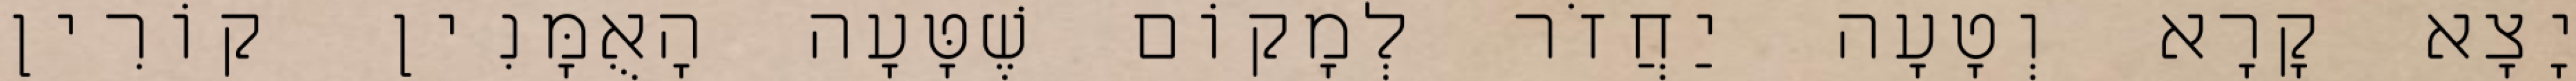
יָצָא קָרָא וְטָעָה יַחֲזֹר לְמָקוֹם שֶׁטָּעָה הָאֻמָּנִין קוֹרִין